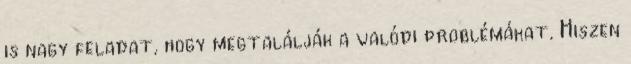
is nagy feladat, hogy megtalálják a valódi problémákat. Hiszen